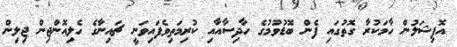
އޮފިޝަލުން ހާމަކުރާ ގޮތުގައި ފެން ބޮޑުވުމުގެ ހާދިސާއާއި ކުރިމަތިވެފައިވަނީ ޗައިނާގެ ހެލިއޮންޖިން ޖިލިން